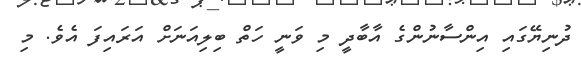
ދުނިޔޭގައި އިންސާނުންގެ އާބާދީ މި ވަނީ ހަތް ބިލިއަނަށް އަރައިފަ އެވެ. މި